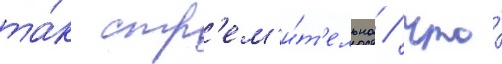
та́к стр'ем'и́т'ельна / что́